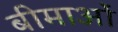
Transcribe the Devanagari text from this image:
बीमाओं